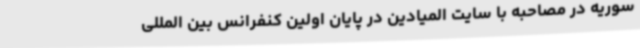
سوریه در مصاحبه با سایت المیادین در پایان اولین کنفرانس بین المللی